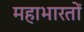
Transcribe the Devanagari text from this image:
महाभारतों